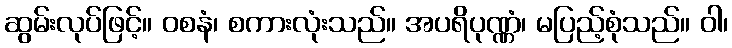
ဆွမ်းလုပ်ဖြင့်။ ဝစနံ၊ စကားလုံးသည်။ အပရိပုဏ္ဏံ၊ မပြည့်စုံသည်။ ဝါ၊